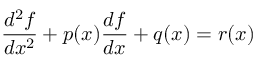
\frac { d ^ { 2 } f } { d x ^ { 2 } } + p ( x ) \frac { d f } { d x } + q ( x ) = r ( x )